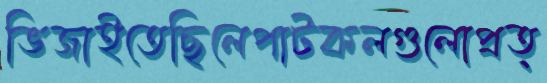
ভিজাইতেছিলেপাটকলগুলোপ্রত্